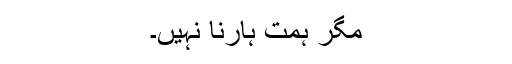
مگر ہمت ہارنا نہیں۔